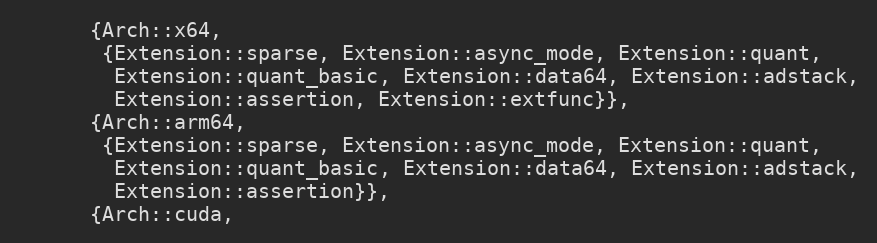
Language: C++
      {Arch::x64,
       {Extension::sparse, Extension::async_mode, Extension::quant,
        Extension::quant_basic, Extension::data64, Extension::adstack,
        Extension::assertion, Extension::extfunc}},
      {Arch::arm64,
       {Extension::sparse, Extension::async_mode, Extension::quant,
        Extension::quant_basic, Extension::data64, Extension::adstack,
        Extension::assertion}},
      {Arch::cuda,